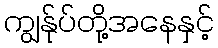
ကျွန်ုပ်တို့အနေနှင့်